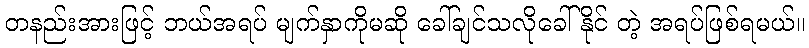
တနည်းအားဖြင့် ဘယ်အရပ် မျက်နှာကိုမဆို ခေါ်ချင်သလိုခေါ်နိုင် တဲ့ အရပ်ဖြစ်ရမယ်။